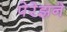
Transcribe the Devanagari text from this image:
पेरेझने